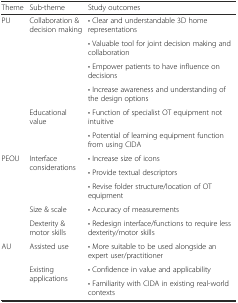
<table><thead><tr><td><b>Theme</b></td><td><b>Sub-theme</b></td><td><b>Study outcomes</b></td></tr></thead><tbody><tr><td rowspan="6">PU</td><td rowspan="4">Collaboration &amp; decision making</td><td>• Clear and understandable 3D home representations</td></tr><tr><td>• Valuable tool for joint decision making and collaboration</td></tr><tr><td>• Empower patients to have influence on decisions</td></tr><tr><td>• Increase awareness and understanding of the design options</td></tr><tr><td rowspan="2">Educational value</td><td>• Function of specialist OT equipment not intuitive</td></tr><tr><td>• Potential of learning equipment function from using CIDA</td></tr><tr><td rowspan="5">PEOU</td><td rowspan="3">Interface considerations</td><td>• Increase size of icons</td></tr><tr><td>• Provide textual descriptors</td></tr><tr><td>• Revise folder structure/location of OT equipment</td></tr><tr><td>Size &amp; scale</td><td>• Accuracy of measurements</td></tr><tr><td>Dexterity &amp; motor skills</td><td>• Redesign interface/functions to require less dexterity/motor skills</td></tr><tr><td rowspan="3">AU</td><td>Assisted use</td><td>• More suitable to be used alongside an expert user/practitioner</td></tr><tr><td rowspan="2">Existing applications</td><td>• Confidence in value and applicability</td></tr><tr><td>• Familiarity with CIDA in existing real-world contexts</td></tr></tbody></table>